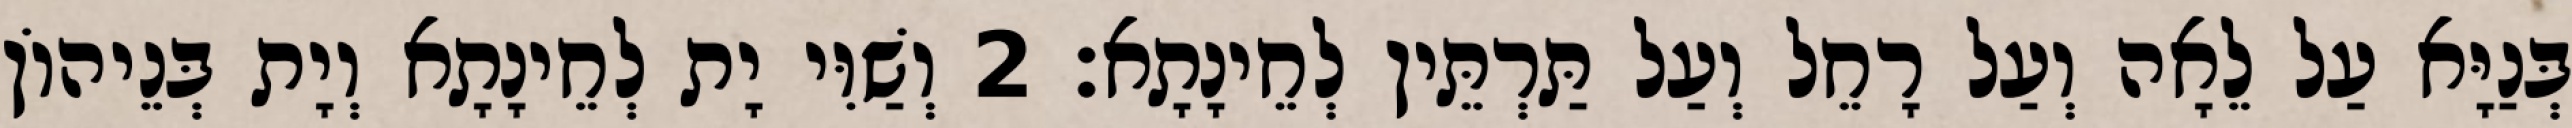
בְּנַיָּא עַל לֵאָה וְעַל רָחֵל וְעַל תַּרְתֵּין לְחֵינָתָא׃ 2 וְשַׁוִּי יָת לְחֵינָתָא וְיָת בְּנֵיהוֹן